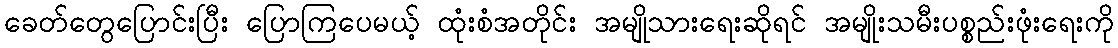
ခေတ်တွေပြောင်းပြီး ပြောကြပေမယ့် ထုံးစံအတိုင်း အမျိုသားရေးဆိုရင် အမျိုးသမီးပစ္စည်းဖုံးရေးကို